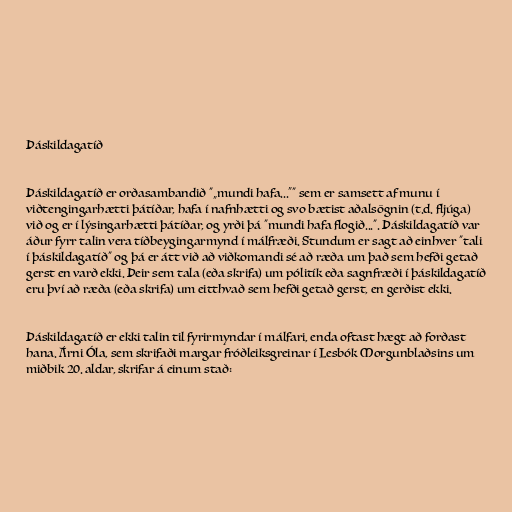
Þáskildagatíð

Þáskildagatíð er orðasambandið "„mundi hafa...“" sem er samsett af munu í
viðtengingarhætti þátíðar, hafa í nafnhætti og svo bætist aðalsögnin (t.d. fljúga)
við og er í lýsingarhætti þátíðar, og yrði þá "mundi hafa flogið...". Þáskildagatíð var
áður fyrr talin vera tíðbeygingarmynd í málfræði. Stundum er sagt að einhver "tali
í þáskildagatíð" og þá er átt við að viðkomandi sé að ræða um það sem hefði getað
gerst en varð ekki. Þeir sem tala (eða skrifa) um pólitík eða sagnfræði í þáskildagatíð
eru því að ræða (eða skrifa) um eitthvað sem hefði getað gerst, en gerðist ekki.

Þáskildagatíð er ekki talin til fyrirmyndar í málfari, enda oftast hægt að forðast
hana. Árni Óla, sem skrifaði margar fróðleiksgreinar í Lesbók Morgunblaðsins um
miðbik 20. aldar, skrifar á einum stað: